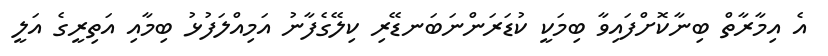
އެ އިމާރާތް ބިނާކޮށްފައިވާ ބިމަކީ ކުޑަރަންނަބަނޑޭރި ކިލޭގެފާނު އަމިއްލަފުޅު ބިމާއި އަތިރީގެ އަލީ